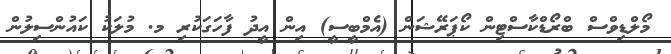
މޯލްޑިވްސް ބްރޯޑްކާސްޓިން ކޯޕަރޭޝަން (އެމްބީސީ) އިން އީދު ފާހަގަކުރި މ. މުލަކު ކައުންސިލުން